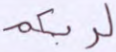
لربكم